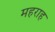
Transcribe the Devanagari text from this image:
महराह